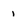
Character: 1